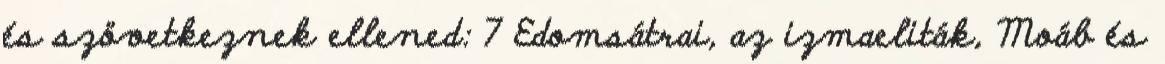
és szövetkeznek ellened: 7 Edomsátrai, az izmaeliták, Moáb és